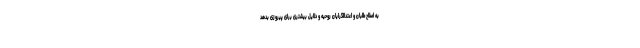
به اصلاح‌طلبان و اعتدالگرایان روحیه و دلایل بیشتری برای پیروزی بدهد